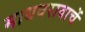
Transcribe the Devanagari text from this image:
माधवरावाचें